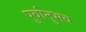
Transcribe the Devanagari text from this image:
पुर्वानुभव